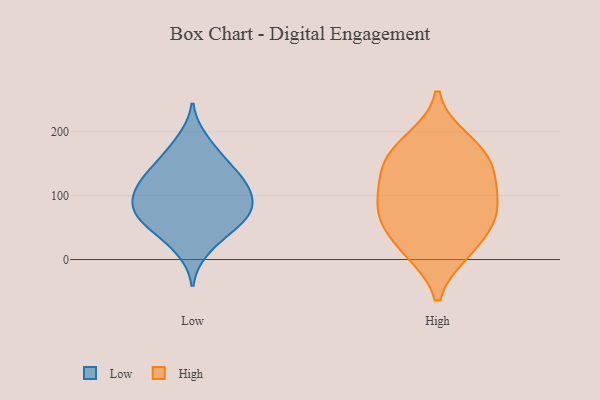
{"axis": {"x": "Net Income (USD K)", "y": "Value"}, "legend": ["High", "Low"], "data": [{"x": "", "y": 147, "type": "Low"}, {"x": "", "y": 58, "type": "Low"}, {"x": "", "y": 129, "type": "Low"}, {"x": "", "y": 72, "type": "Low"}, {"x": "", "y": 15, "type": "Low"}, {"x": "", "y": 56, "type": "Low"}, {"x": "", "y": 138, "type": "Low"}, {"x": "", "y": 98, "type": "Low"}, {"x": "", "y": 188, "type": "Low"}, {"x": "", "y": 99, "type": "Low"}, {"x": "", "y": 72, "type": "Low"}, {"x": "", "y": 121, "type": "Low"}, {"x": "", "y": 167, "type": "Low"}, {"x": "", "y": 95, "type": "Low"}, {"x": "", "y": 110, "type": "Low"}, {"x": "", "y": 71, "type": "Low"}, {"x": "", "y": 37, "type": "Low"}, {"x": "", "y": 87, "type": "High"}, {"x": "", "y": 123, "type": "High"}, {"x": "", "y": 13, "type": "High"}, {"x": "", "y": 108, "type": "High"}, {"x": "", "y": 187, "type": "High"}, {"x": "", "y": 171, "type": "High"}, {"x": "", "y": 158, "type": "High"}, {"x": "", "y": 12, "type": "High"}, {"x": "", "y": 69, "type": "High"}, {"x": "", "y": 55, "type": "High"}, {"x": "", "y": 143, "type": "High"}, {"x": "", "y": 63, "type": "High"}]}